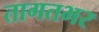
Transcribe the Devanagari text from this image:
तागतभर